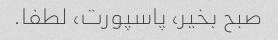
صبح بخیر، پاسپورت، لطفا.